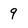
Character: 9